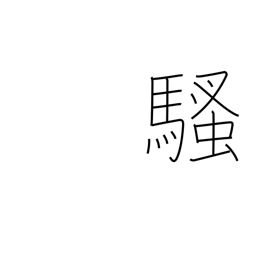
Meaning: bother